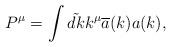
LaTeX: \begin{align*}P^\mu =\int \tilde {dk}k^\mu \overline{a}(k)a(k), \end{align*}